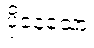
ပိုနေသော